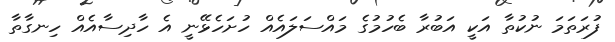
ފުރަތަމަ ނުކުތާ އަކީ އަބުރާ ބެހުމުގެ މައްސަލައެއް ހުށަހެޅޭނީ އެ ހާދިސާއެއް ހިނގާތާ